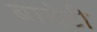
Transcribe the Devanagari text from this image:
बागेटी